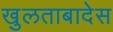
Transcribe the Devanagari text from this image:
खुलताबादेस